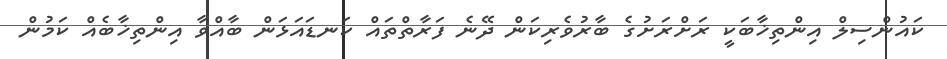
ކައުންސިލް އިންތިޚާބަކީ ރަށްރަށުގެ ބާރުވެރިކަން ދޭނެ ފަރާތްތައް ކަނޑައަޅަން ބާއްވާ އިންތިޚާބެއް ކަމުން